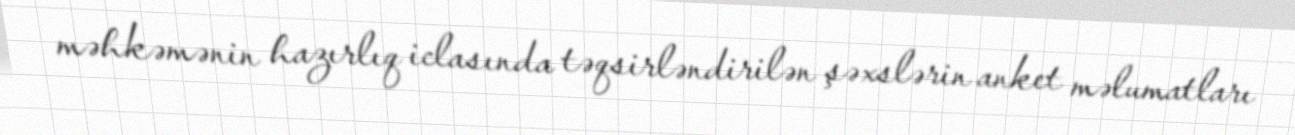
məhkəmənin hazırlıq iclasında təqsirləndirilən şəxslərin anket məlumatları